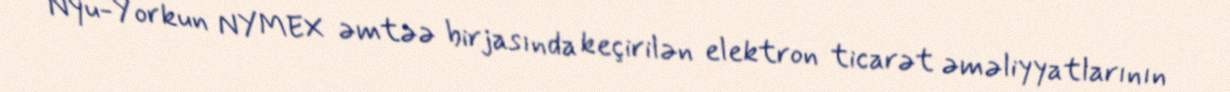
Nyu-Yorkun NYMEX əmtəə birjasında keçirilən elektron ticarət əməliyyatlarının